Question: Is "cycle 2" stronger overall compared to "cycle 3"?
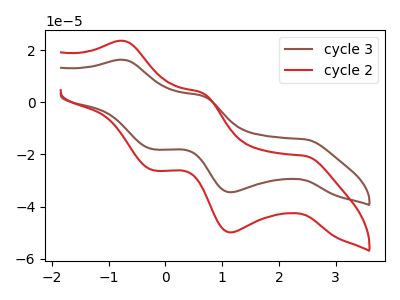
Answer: <think>The brown curve "cycle 3" has anodic peaks at (-0.75V, 16.25uA) (0.65V, 2.50uA) and cathodic peaks at (2.45V, -14.20uA) (1.15V, -34.50uA) (-0.20V, -18.05uA). The red curve "cycle 2" has anodic peaks at (-0.75V, 23.50uA) (0.65V, 3.60uA) and cathodic peaks at (2.45V, -20.55uA) (1.15V, -49.85uA) (-0.20V, -26.05uA).
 All the peaks in "cycle 2" have a peak in "cycle 3" at the same potential. Every peak in "cycle 2" is higher than every peak in "cycle 3".</think>
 <answer>"cycle 2" has more signal than "cycle 3".</answer>
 <eval>more_signal</eval>